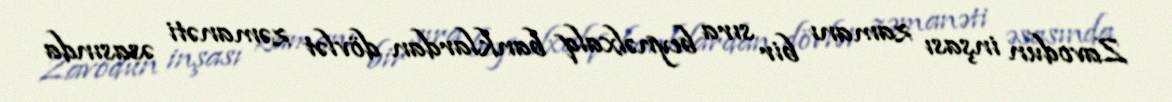
Zavodun inşası zamanı bir sıra beynəlxalq banklardan dövlət zəmanəti əsasında